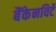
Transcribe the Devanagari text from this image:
बैंकेनविर्टे